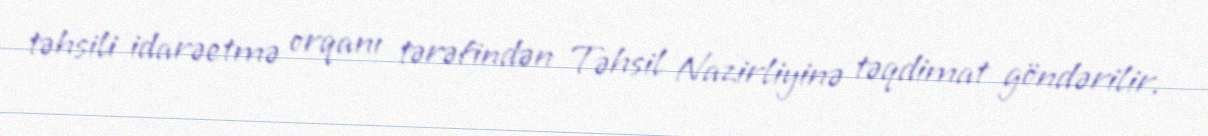
təhsili idarəetmə orqanı tərəfindən Təhsil Nazirliyinə təqdimat göndərilir.